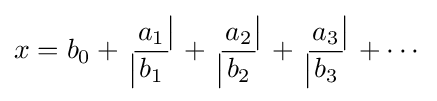
x=b_{0}+{{} \atop {{\big |}\!}}\!{\frac {a_{1}}{\,b_{1}\,}}\!{{\!{\big |}} \atop {}}+{{} \atop {{\big |}\!}}\!{\frac {a_{2}}{\,b_{2}\,}}\!{{\!{\big |}} \atop {}}+{{} \atop {{\big |}\!}}\!{\frac {a_{3}}{\,b_{3}\,}}\!{{\!{\big |}} \atop {}}+\cdots